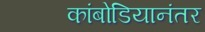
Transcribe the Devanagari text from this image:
कांबोडियानंतर